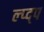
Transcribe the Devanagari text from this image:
ल्प्द्प